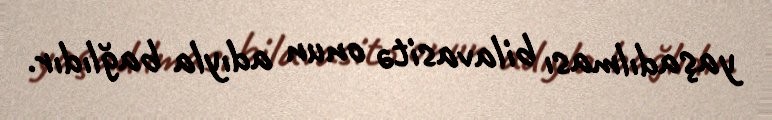
yaşadılması bilavasitə onun adıyla bağlıdır.